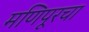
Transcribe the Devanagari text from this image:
मणिपूरचा